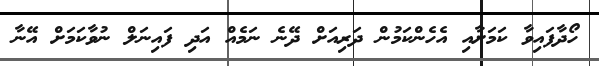
ހޯދާފައިވާ ކަމަށާއި އެހެންކަމުން ދަރިއަށް ދޭނެ ނަމެއް އަދި ފައިނަލް ނުވާކަމަށް އޭނާ